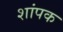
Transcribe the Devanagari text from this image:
शांपक